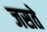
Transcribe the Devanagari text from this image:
जसते